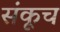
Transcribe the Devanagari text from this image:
संकूच